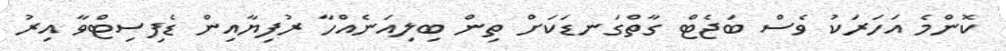
ކޮންމެ އަހަރަކު ވެސް ބަޖެޓް ގާތްގަނޑަކަށް ތިން ބިލިއަނެއްހާ ރުފިޔާއިން ޑެފިސިޓްވާ އިރު